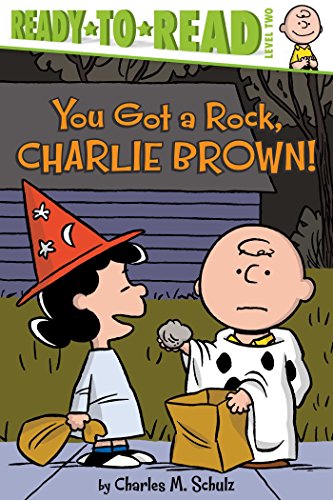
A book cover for You Got a Rock, Charlie Brown! (Peanuts); Charles  M. Schulz; Comics & Graphic Novels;